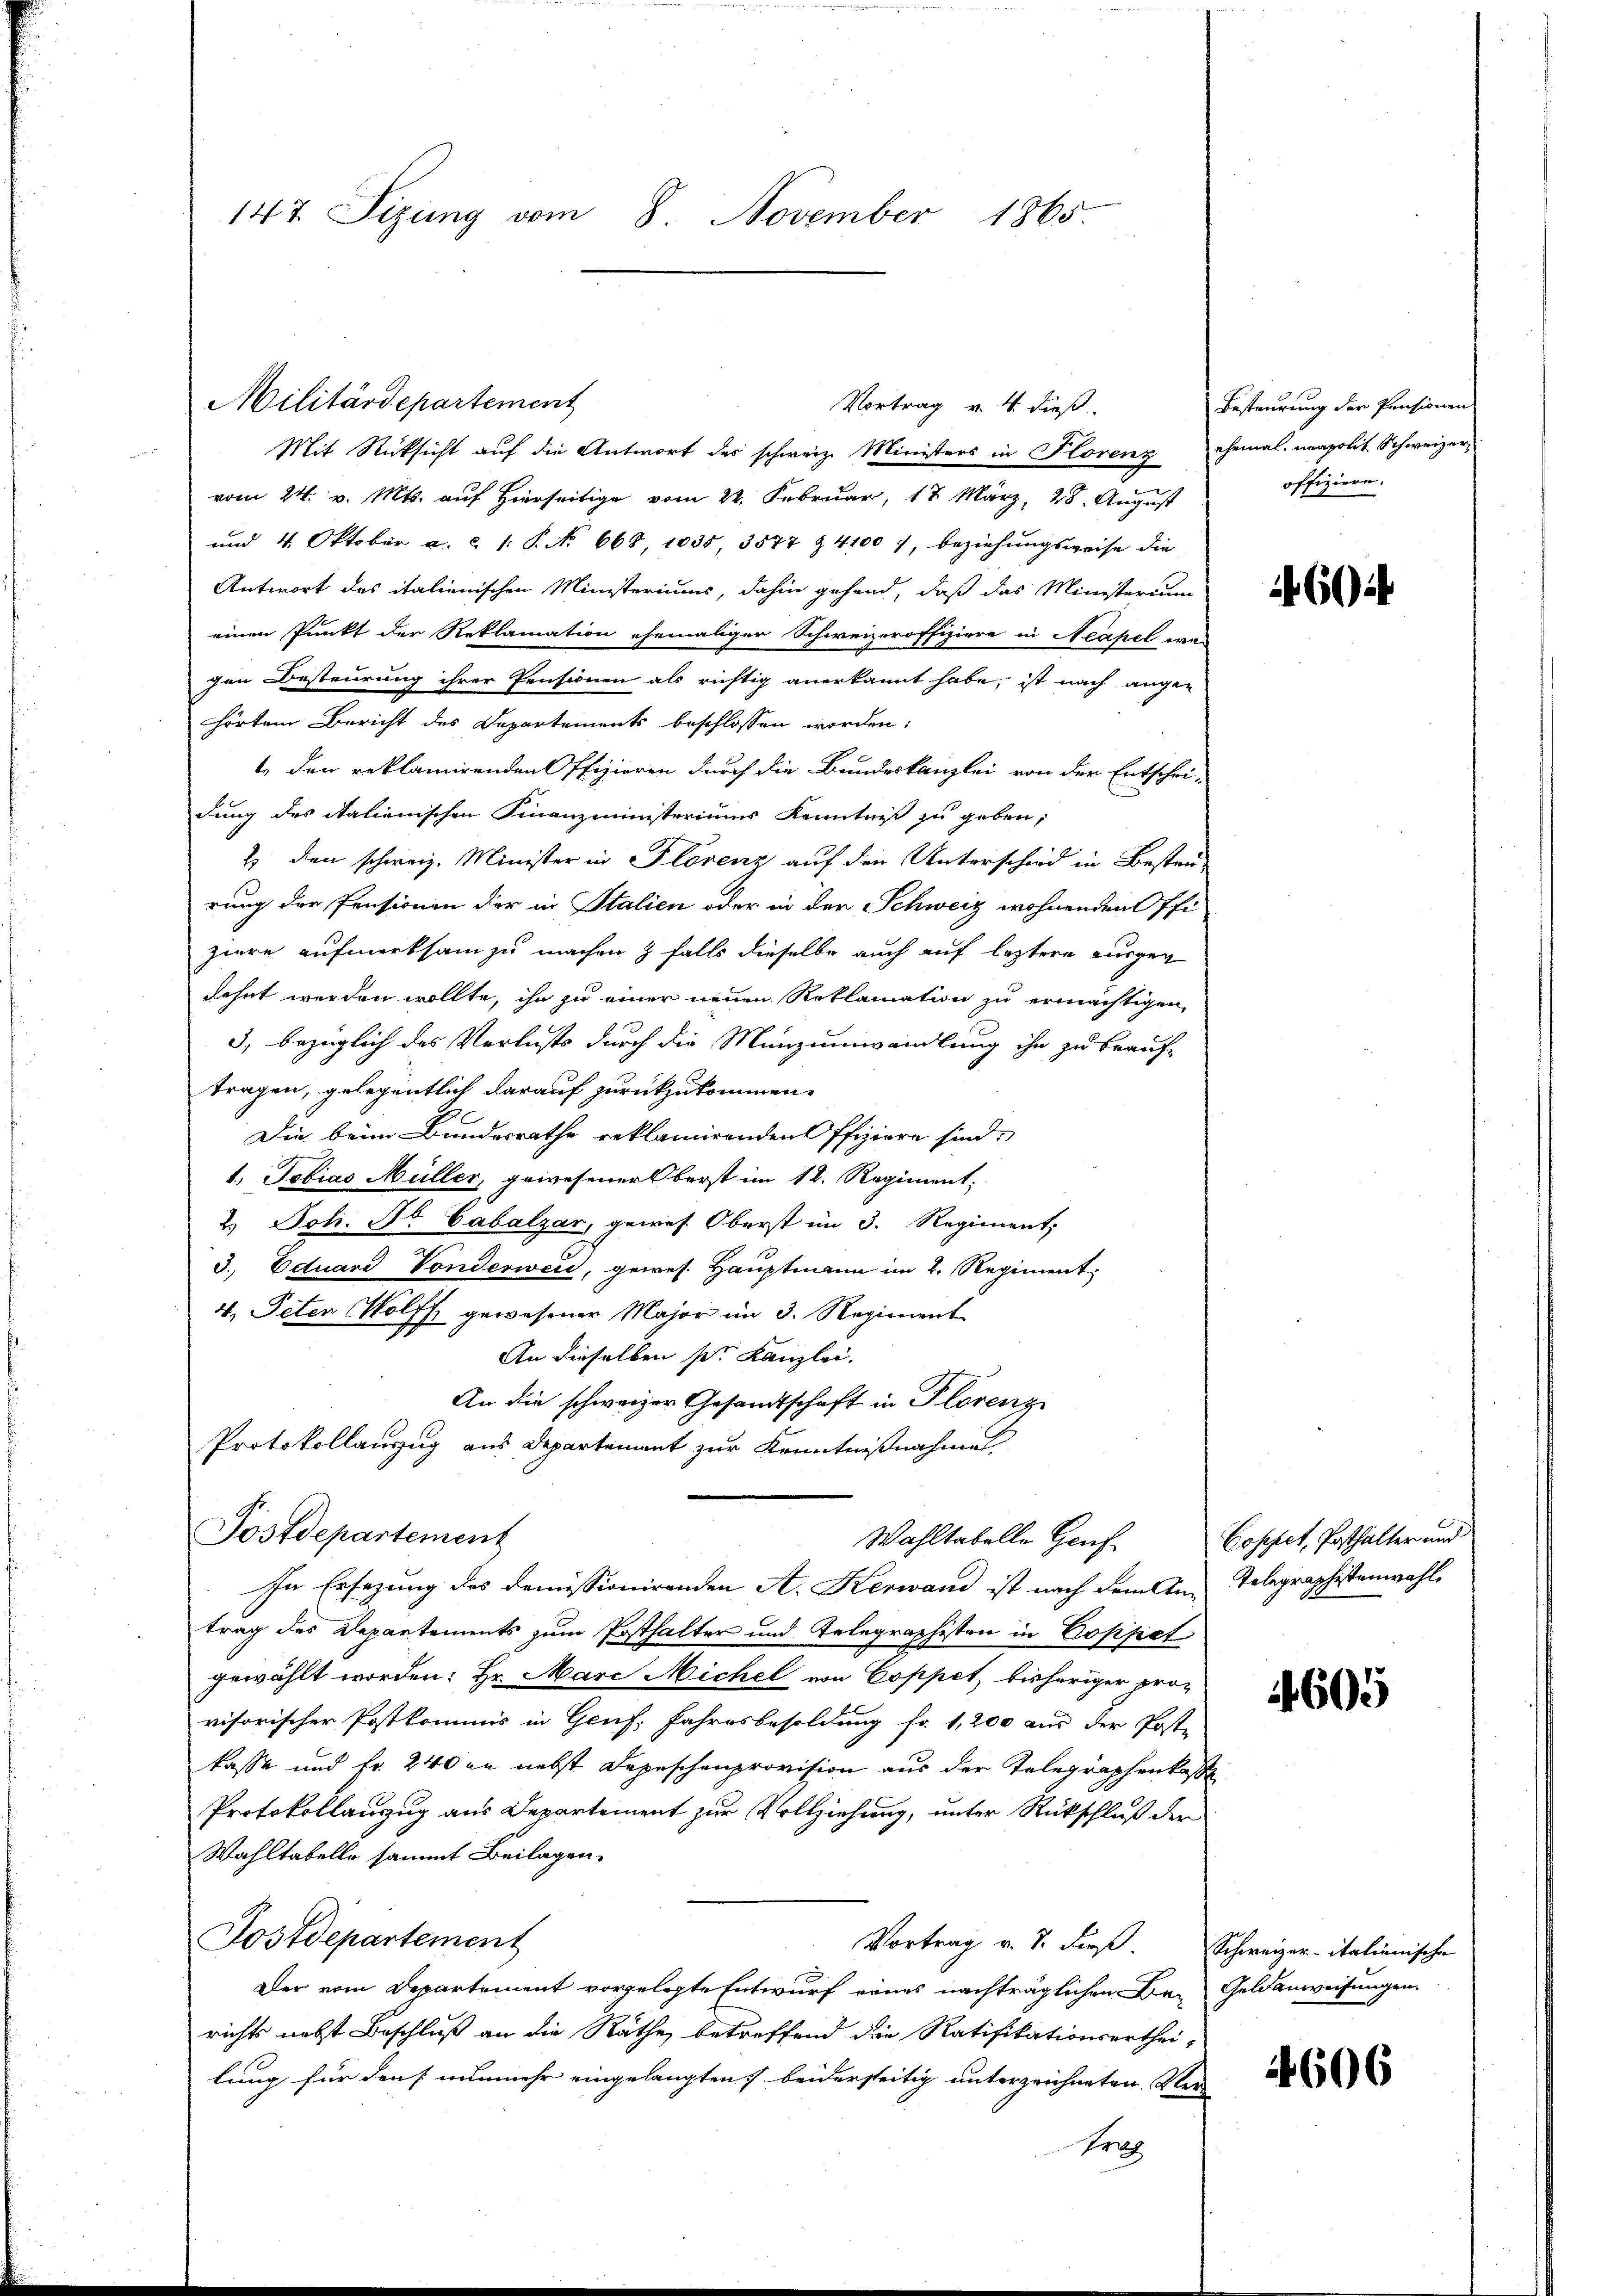
147. Sizung vom 8. November 1865.

Militärdepartement
Mit Rücksicht auf die Antwort des schweiz. Ministers in Florenz ehemal neapolit Schweizer,
vom 24. v. Mts. auf Hierseitig vom 22. Februar, 17. März, 28. August
und 4. Oktober a. a. 1. P. No 668, 1035, 3577 & 4100), beziehungsweise die
Antwort des italienischen Ministeriums, dahin gehend, daß das Ministerium
einen Punkt der Reklamation ehemaliger Schweizeroffiziere in Neapel we-
gen Besteurung ihrer Pensionen als richtig anerkannt habe, ist nach augen
hörten Bericht des Departements beschlossen worden:
1 den reklamirenden Offizieren durch die Bundeskanzlei von der Entschei-
dung des italienischen Finanzministeriums Kenntniß zu geben,
2) den schweiz. Minister in Florenz auf den Unterschied in Bester-
rung der Pensionen der in Stalien oder in der Schweiz wohnenden Offi-
ziere aufmerksam zu machen & falls dieselbe auch auf leztere Burgen
kehrt werden wollte, ihn zu einer neuen Reklamation zu ermächtigen,
3, bezüglich das Verlusts durch die Münzumwandlung ihn zu beauf-
tragen, gelegentlich darauf zurückzukommen.
Die beim Bundesrathe reklamirenden Offiziere sind.
1. Tobias Müller, gewesener berst im 12. Regiment,
2.) Joh. So Cabalzar, gewes. Oberst im 3. Regiment,
3. Eduard Vonderweid, gewes. Hauptmann im 2. Regiment
4. Peten Wolff gewesener Major im 3. Regiment
An dieselben pr. Kanzlei.
An die schweizer Gesandtschaft in Florenz
Protokollanzug aus Departement zur Kenntnißnahme
Postdepartement
Wahltabelle Genf
In Ersezung des domissionirenden A. Kerwand ist nach dem An-Telegraphistenwahl
trag des Departements zum Posthalter und Telegraphisten in Coppet
gewählt worden: Hr. Mare Michel von Coppet, bisheriger pro-
visorischer Postkommis in Genf, Fahresbesoldung fr. 1,200 aus der Poste
kasse und fr. 240 an nebst Depeschenprovision aus der Telegraphenkasse
Protokollanzug aus Departement zur Vollziehung, unter Rückschluß der
Wahltabelle sammt Beilagen.
Postdepartement
Vortrag v. 7. dies. Schweizer-italienische
Der vom Departement vorgelegte Entwurf eines nachträglichen Berichts nebst Beschluß an die Räthe betreffend die Ratifikationserthei-
lung für dans nunmehr eingelangten beiderseitig unterzeichneten Ver
Prof

Vortrag v. 4. dieß.

Besteurung der Pensionen
offiziere.

4604

Coppet, Posthalter und

4605

Geldanweisungen.

4606